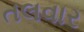
તલવાર